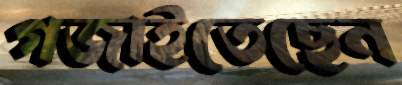
গজাইতেছেন